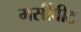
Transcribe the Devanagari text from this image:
मर्सीबीट